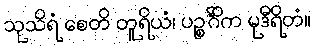
သုသိရံ စေတိ တူရိယံ၊ ပဉ္စင်္ဂိက မုဒီရိတံ။